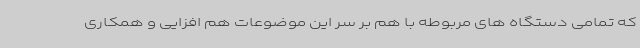
که تمامی دستگاه های مربوطه با هم بر سر این موضوعات هم افزایی و همکاری